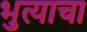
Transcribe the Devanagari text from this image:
भुत्याचा